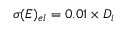
\sigma ( E ) _ { e l } = 0 . 0 1 \times D _ { i }